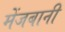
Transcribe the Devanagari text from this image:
मेंजबानी